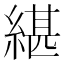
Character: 𦂼